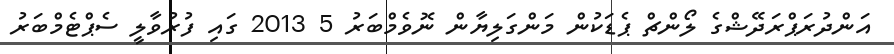
އަންދުރަޕްރަދޭޝްގެ ލޯންޗް ޕެޑަކުން މަންގަލިޔާން ނޮވެމްބަރު 5 2013 ގައި ފުރުވާލީ ސެޕްޓެމްބަރު